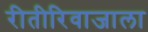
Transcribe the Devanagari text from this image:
रीतीरिवाजाला